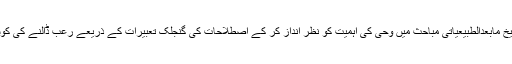
فلسفہ کی ہزاروں سال کی تاریخ مابعدالطبیعیاتی مباحث میں وحی کی اہمیت کو نظر انداز کر کے اصطلاحات کی گنجلک تعبیرات کے ذریعے رعب ڈالنے کی کوشش کے علاوہ اور کچھ نہیں۔